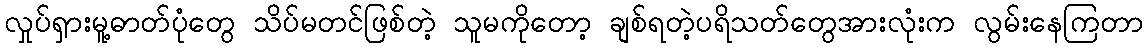
လှုပ်ရှားမူ့ဓာတ်ပုံတွေ သိပ်မတင်ဖြစ်တဲ့ သူမကိုတော့ ချစ်ရတဲ့ပရိသတ်တွေအားလုံးက လွမ်းနေကြတာ